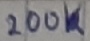
Text: 200K